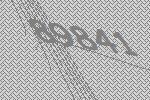
89841